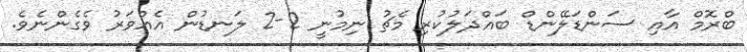
ބްރޮމް އާއި ސަންޑަލޭންޑް ބައްދަލުކުރި މެޗު ނިމުނީ 2-2 ލަނޑުން އެއްވަރު ވެގެންނެވެ.